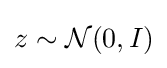
z\sim {\mathcal {N}}(0,I)